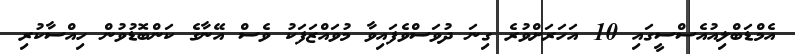
އެމްޑަބްލިއުއެސްސީގައި 10 އަހަރަށްވުރެ ގިނަ ދުވަސްވެފައިވާ މުވައްޒަފަކު ވެސް އޭނާގެ ކަންބޮޑުވުން ހިއްސާކުރި